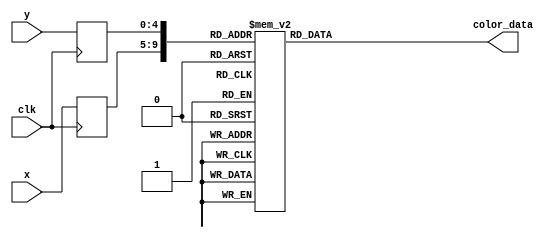
module mario_rom_standing(
        input wire clk,
        input wire [4:0] x,
        input wire [4:0] y,
        output reg [11:0] color_data
);

    (* rom_style = "block" *)

    //signal declaration
    reg [4:0] x_reg;
    reg [4:0] y_reg;

    always @(posedge clk) begin
        x_reg <= x;
        y_reg <= y;
    end

    always @*
        case ({x_reg, y_reg})
			// right: 5'd27, bottom: 5'd31
			{5'd0, 5'd0}: color_data = 12'h3b9;
			{5'd0, 5'd1}: color_data = 12'h3b9;
			{5'd0, 5'd2}: color_data = 12'h3b9;
			{5'd0, 5'd3}: color_data = 12'h3b9;
			{5'd0, 5'd4}: color_data = 12'h3b9;
			{5'd0, 5'd5}: color_data = 12'h3b9;
			{5'd0, 5'd6}: color_data = 12'h3b9;
			{5'd0, 5'd7}: color_data = 12'h3b9;
			{5'd0, 5'd8}: color_data = 12'h3b9;
			{5'd0, 5'd9}: color_data = 12'h3b9;
			{5'd0, 5'd10}: color_data = 12'h3b9;
			{5'd0, 5'd11}: color_data = 12'h3b9;
			{5'd0, 5'd12}: color_data = 12'h3b9;
			{5'd0, 5'd13}: color_data = 12'h3b9;
			{5'd0, 5'd14}: color_data = 12'h3b9;
			{5'd0, 5'd15}: color_data = 12'h3b9;
			{5'd0, 5'd16}: color_data = 12'h3b9;
			{5'd0, 5'd17}: color_data = 12'ha22;
			{5'd0, 5'd18}: color_data = 12'h912;
			{5'd0, 5'd19}: color_data = 12'ha32;
			{5'd0, 5'd20}: color_data = 12'hf90;
			{5'd0, 5'd21}: color_data = 12'hfa0;
			{5'd0, 5'd22}: color_data = 12'hfa0;
			{5'd0, 5'd23}: color_data = 12'hfa0;
			{5'd0, 5'd24}: color_data = 12'hfa0;
			{5'd0, 5'd25}: color_data = 12'hfa0;
			{5'd0, 5'd26}: color_data = 12'hf70;
			{5'd0, 5'd27}: color_data = 12'h3b9;
			{5'd0, 5'd28}: color_data = 12'h3b9;
			{5'd0, 5'd29}: color_data = 12'hb22;
			{5'd0, 5'd30}: color_data = 12'ha22;
			{5'd0, 5'd31}: color_data = 12'ha22;
			{5'd1, 5'd0}: color_data = 12'h3b9;
			{5'd1, 5'd1}: color_data = 12'h3b9;
			{5'd1, 5'd2}: color_data = 12'h3b9;
			{5'd1, 5'd3}: color_data = 12'h3b9;
			{5'd1, 5'd4}: color_data = 12'h3b9;
			{5'd1, 5'd5}: color_data = 12'h3b9;
			{5'd1, 5'd6}: color_data = 12'h3b9;
			{5'd1, 5'd7}: color_data = 12'h3b9;
			{5'd1, 5'd8}: color_data = 12'h3b9;
			{5'd1, 5'd9}: color_data = 12'h3b9;
			{5'd1, 5'd10}: color_data = 12'h3b9;
			{5'd1, 5'd11}: color_data = 12'h3b9;
			{5'd1, 5'd12}: color_data = 12'h3b9;
			{5'd1, 5'd13}: color_data = 12'h3b9;
			{5'd1, 5'd14}: color_data = 12'h3b9;
			{5'd1, 5'd15}: color_data = 12'h3b9;
			{5'd1, 5'd16}: color_data = 12'h3b9;
			{5'd1, 5'd17}: color_data = 12'h922;
			{5'd1, 5'd18}: color_data = 12'ha22;
			{5'd1, 5'd19}: color_data = 12'hb32;
			{5'd1, 5'd20}: color_data = 12'hfa1;
			{5'd1, 5'd21}: color_data = 12'hfa1;
			{5'd1, 5'd22}: color_data = 12'hfa1;
			{5'd1, 5'd23}: color_data = 12'hfa1;
			{5'd1, 5'd24}: color_data = 12'hfa1;
			{5'd1, 5'd25}: color_data = 12'hfa0;
			{5'd1, 5'd26}: color_data = 12'hf90;
			{5'd1, 5'd27}: color_data = 12'h3b9;
			{5'd1, 5'd28}: color_data = 12'h3b9;
			{5'd1, 5'd29}: color_data = 12'ha32;
			{5'd1, 5'd30}: color_data = 12'ha22;
			{5'd1, 5'd31}: color_data = 12'ha22;
			{5'd2, 5'd0}: color_data = 12'h3b9;
			{5'd2, 5'd1}: color_data = 12'h3b9;
			{5'd2, 5'd2}: color_data = 12'h3b9;
			{5'd2, 5'd3}: color_data = 12'h3b9;
			{5'd2, 5'd4}: color_data = 12'h3b9;
			{5'd2, 5'd5}: color_data = 12'ha12;
			{5'd2, 5'd6}: color_data = 12'ha22;
			{5'd2, 5'd7}: color_data = 12'ha22;
			{5'd2, 5'd8}: color_data = 12'ha22;
			{5'd2, 5'd9}: color_data = 12'ha22;
			{5'd2, 5'd10}: color_data = 12'ha22;
			{5'd2, 5'd11}: color_data = 12'h922;
			{5'd2, 5'd12}: color_data = 12'h3b9;
			{5'd2, 5'd13}: color_data = 12'h3b9;
			{5'd2, 5'd14}: color_data = 12'h3b9;
			{5'd2, 5'd15}: color_data = 12'ha00;
			{5'd2, 5'd16}: color_data = 12'ha22;
			{5'd2, 5'd17}: color_data = 12'ha22;
			{5'd2, 5'd18}: color_data = 12'ha22;
			{5'd2, 5'd19}: color_data = 12'hb32;
			{5'd2, 5'd20}: color_data = 12'hf91;
			{5'd2, 5'd21}: color_data = 12'hfa1;
			{5'd2, 5'd22}: color_data = 12'hfa1;
			{5'd2, 5'd23}: color_data = 12'hfa1;
			{5'd2, 5'd24}: color_data = 12'hfa1;
			{5'd2, 5'd25}: color_data = 12'hfa0;
			{5'd2, 5'd26}: color_data = 12'hfb0;
			{5'd2, 5'd27}: color_data = 12'h702;
			{5'd2, 5'd28}: color_data = 12'ha22;
			{5'd2, 5'd29}: color_data = 12'ha22;
			{5'd2, 5'd30}: color_data = 12'ha22;
			{5'd2, 5'd31}: color_data = 12'ha22;
			{5'd3, 5'd0}: color_data = 12'h3b9;
			{5'd3, 5'd1}: color_data = 12'h3b9;
			{5'd3, 5'd2}: color_data = 12'h3b9;
			{5'd3, 5'd3}: color_data = 12'h3b9;
			{5'd3, 5'd4}: color_data = 12'h3b9;
			{5'd3, 5'd5}: color_data = 12'h922;
			{5'd3, 5'd6}: color_data = 12'ha12;
			{5'd3, 5'd7}: color_data = 12'ha22;
			{5'd3, 5'd8}: color_data = 12'ha22;
			{5'd3, 5'd9}: color_data = 12'ha22;
			{5'd3, 5'd10}: color_data = 12'ha22;
			{5'd3, 5'd11}: color_data = 12'ha22;
			{5'd3, 5'd12}: color_data = 12'h3b9;
			{5'd3, 5'd13}: color_data = 12'h3b9;
			{5'd3, 5'd14}: color_data = 12'h3b9;
			{5'd3, 5'd15}: color_data = 12'h722;
			{5'd3, 5'd16}: color_data = 12'ha22;
			{5'd3, 5'd17}: color_data = 12'ha22;
			{5'd3, 5'd18}: color_data = 12'ha22;
			{5'd3, 5'd19}: color_data = 12'ha32;
			{5'd3, 5'd20}: color_data = 12'hfa1;
			{5'd3, 5'd21}: color_data = 12'hfa0;
			{5'd3, 5'd22}: color_data = 12'hfa1;
			{5'd3, 5'd23}: color_data = 12'hfa1;
			{5'd3, 5'd24}: color_data = 12'hfa1;
			{5'd3, 5'd25}: color_data = 12'hfa1;
			{5'd3, 5'd26}: color_data = 12'hff0;
			{5'd3, 5'd27}: color_data = 12'h812;
			{5'd3, 5'd28}: color_data = 12'ha22;
			{5'd3, 5'd29}: color_data = 12'ha22;
			{5'd3, 5'd30}: color_data = 12'ha22;
			{5'd3, 5'd31}: color_data = 12'ha22;
			{5'd4, 5'd0}: color_data = 12'h3b9;
			{5'd4, 5'd1}: color_data = 12'hd00;
			{5'd4, 5'd2}: color_data = 12'hf00;
			{5'd4, 5'd3}: color_data = 12'he00;
			{5'd4, 5'd4}: color_data = 12'h912;
			{5'd4, 5'd5}: color_data = 12'hb31;
			{5'd4, 5'd6}: color_data = 12'hc51;
			{5'd4, 5'd7}: color_data = 12'hc52;
			{5'd4, 5'd8}: color_data = 12'hc52;
			{5'd4, 5'd9}: color_data = 12'hb42;
			{5'd4, 5'd10}: color_data = 12'ha22;
			{5'd4, 5'd11}: color_data = 12'ha22;
			{5'd4, 5'd12}: color_data = 12'h3b9;
			{5'd4, 5'd13}: color_data = 12'h000;
			{5'd4, 5'd14}: color_data = 12'h922;
			{5'd4, 5'd15}: color_data = 12'ha22;
			{5'd4, 5'd16}: color_data = 12'ha22;
			{5'd4, 5'd17}: color_data = 12'ha22;
			{5'd4, 5'd18}: color_data = 12'ha22;
			{5'd4, 5'd19}: color_data = 12'ha32;
			{5'd4, 5'd20}: color_data = 12'hd71;
			{5'd4, 5'd21}: color_data = 12'he71;
			{5'd4, 5'd22}: color_data = 12'hfa1;
			{5'd4, 5'd23}: color_data = 12'hf90;
			{5'd4, 5'd24}: color_data = 12'hf70;
			{5'd4, 5'd25}: color_data = 12'hf60;
			{5'd4, 5'd26}: color_data = 12'hf00;
			{5'd4, 5'd27}: color_data = 12'he00;
			{5'd4, 5'd28}: color_data = 12'ha22;
			{5'd4, 5'd29}: color_data = 12'ha22;
			{5'd4, 5'd30}: color_data = 12'ha22;
			{5'd4, 5'd31}: color_data = 12'ha22;
			{5'd5, 5'd0}: color_data = 12'h3b9;
			{5'd5, 5'd1}: color_data = 12'hf00;
			{5'd5, 5'd2}: color_data = 12'hf00;
			{5'd5, 5'd3}: color_data = 12'he00;
			{5'd5, 5'd4}: color_data = 12'ha22;
			{5'd5, 5'd5}: color_data = 12'hb32;
			{5'd5, 5'd6}: color_data = 12'hfa1;
			{5'd5, 5'd7}: color_data = 12'hfa0;
			{5'd5, 5'd8}: color_data = 12'hfa0;
			{5'd5, 5'd9}: color_data = 12'he91;
			{5'd5, 5'd10}: color_data = 12'ha22;
			{5'd5, 5'd11}: color_data = 12'ha22;
			{5'd5, 5'd12}: color_data = 12'h3b9;
			{5'd5, 5'd13}: color_data = 12'hb03;
			{5'd5, 5'd14}: color_data = 12'ha22;
			{5'd5, 5'd15}: color_data = 12'ha22;
			{5'd5, 5'd16}: color_data = 12'ha22;
			{5'd5, 5'd17}: color_data = 12'ha22;
			{5'd5, 5'd18}: color_data = 12'ha22;
			{5'd5, 5'd19}: color_data = 12'ha22;
			{5'd5, 5'd20}: color_data = 12'h922;
			{5'd5, 5'd21}: color_data = 12'ha32;
			{5'd5, 5'd22}: color_data = 12'hfa1;
			{5'd5, 5'd23}: color_data = 12'hf90;
			{5'd5, 5'd24}: color_data = 12'hf00;
			{5'd5, 5'd25}: color_data = 12'hf00;
			{5'd5, 5'd26}: color_data = 12'hf00;
			{5'd5, 5'd27}: color_data = 12'hf00;
			{5'd5, 5'd28}: color_data = 12'ha22;
			{5'd5, 5'd29}: color_data = 12'ha22;
			{5'd5, 5'd30}: color_data = 12'ha22;
			{5'd5, 5'd31}: color_data = 12'ha22;
			{5'd6, 5'd0}: color_data = 12'hf00;
			{5'd6, 5'd1}: color_data = 12'hf00;
			{5'd6, 5'd2}: color_data = 12'hf00;
			{5'd6, 5'd3}: color_data = 12'he00;
			{5'd6, 5'd4}: color_data = 12'ha22;
			{5'd6, 5'd5}: color_data = 12'hb32;
			{5'd6, 5'd6}: color_data = 12'hf91;
			{5'd6, 5'd7}: color_data = 12'hf91;
			{5'd6, 5'd8}: color_data = 12'hf91;
			{5'd6, 5'd9}: color_data = 12'he81;
			{5'd6, 5'd10}: color_data = 12'hb32;
			{5'd6, 5'd11}: color_data = 12'hb32;
			{5'd6, 5'd12}: color_data = 12'hfc0;
			{5'd6, 5'd13}: color_data = 12'he71;
			{5'd6, 5'd14}: color_data = 12'ha22;
			{5'd6, 5'd15}: color_data = 12'ha22;
			{5'd6, 5'd16}: color_data = 12'ha22;
			{5'd6, 5'd17}: color_data = 12'ha22;
			{5'd6, 5'd18}: color_data = 12'ha22;
			{5'd6, 5'd19}: color_data = 12'ha22;
			{5'd6, 5'd20}: color_data = 12'ha22;
			{5'd6, 5'd21}: color_data = 12'hb32;
			{5'd6, 5'd22}: color_data = 12'hf91;
			{5'd6, 5'd23}: color_data = 12'hf80;
			{5'd6, 5'd24}: color_data = 12'hf00;
			{5'd6, 5'd25}: color_data = 12'hf00;
			{5'd6, 5'd26}: color_data = 12'hf00;
			{5'd6, 5'd27}: color_data = 12'hf00;
			{5'd6, 5'd28}: color_data = 12'ha22;
			{5'd6, 5'd29}: color_data = 12'ha22;
			{5'd6, 5'd30}: color_data = 12'ha22;
			{5'd6, 5'd31}: color_data = 12'ha22;
			{5'd7, 5'd0}: color_data = 12'hf00;
			{5'd7, 5'd1}: color_data = 12'hf00;
			{5'd7, 5'd2}: color_data = 12'hf00;
			{5'd7, 5'd3}: color_data = 12'he00;
			{5'd7, 5'd4}: color_data = 12'ha22;
			{5'd7, 5'd5}: color_data = 12'ha22;
			{5'd7, 5'd6}: color_data = 12'ha32;
			{5'd7, 5'd7}: color_data = 12'ha32;
			{5'd7, 5'd8}: color_data = 12'ha22;
			{5'd7, 5'd9}: color_data = 12'hb42;
			{5'd7, 5'd10}: color_data = 12'hf91;
			{5'd7, 5'd11}: color_data = 12'hfa1;
			{5'd7, 5'd12}: color_data = 12'hfa0;
			{5'd7, 5'd13}: color_data = 12'he91;
			{5'd7, 5'd14}: color_data = 12'ha22;
			{5'd7, 5'd15}: color_data = 12'ha22;
			{5'd7, 5'd16}: color_data = 12'ha22;
			{5'd7, 5'd17}: color_data = 12'ha22;
			{5'd7, 5'd18}: color_data = 12'ha22;
			{5'd7, 5'd19}: color_data = 12'ha22;
			{5'd7, 5'd20}: color_data = 12'hf00;
			{5'd7, 5'd21}: color_data = 12'hf00;
			{5'd7, 5'd22}: color_data = 12'hf00;
			{5'd7, 5'd23}: color_data = 12'hf00;
			{5'd7, 5'd24}: color_data = 12'hf00;
			{5'd7, 5'd25}: color_data = 12'hf00;
			{5'd7, 5'd26}: color_data = 12'hf00;
			{5'd7, 5'd27}: color_data = 12'hf00;
			{5'd7, 5'd28}: color_data = 12'ha22;
			{5'd7, 5'd29}: color_data = 12'ha22;
			{5'd7, 5'd30}: color_data = 12'ha22;
			{5'd7, 5'd31}: color_data = 12'ha22;
			{5'd8, 5'd0}: color_data = 12'hf00;
			{5'd8, 5'd1}: color_data = 12'hf00;
			{5'd8, 5'd2}: color_data = 12'hf00;
			{5'd8, 5'd3}: color_data = 12'he00;
			{5'd8, 5'd4}: color_data = 12'ha22;
			{5'd8, 5'd5}: color_data = 12'ha22;
			{5'd8, 5'd6}: color_data = 12'ha22;
			{5'd8, 5'd7}: color_data = 12'ha22;
			{5'd8, 5'd8}: color_data = 12'ha22;
			{5'd8, 5'd9}: color_data = 12'hb32;
			{5'd8, 5'd10}: color_data = 12'hfa1;
			{5'd8, 5'd11}: color_data = 12'hfa1;
			{5'd8, 5'd12}: color_data = 12'hfa1;
			{5'd8, 5'd13}: color_data = 12'hf91;
			{5'd8, 5'd14}: color_data = 12'ha22;
			{5'd8, 5'd15}: color_data = 12'ha22;
			{5'd8, 5'd16}: color_data = 12'ha22;
			{5'd8, 5'd17}: color_data = 12'ha22;
			{5'd8, 5'd18}: color_data = 12'ha22;
			{5'd8, 5'd19}: color_data = 12'ha22;
			{5'd8, 5'd20}: color_data = 12'hf00;
			{5'd8, 5'd21}: color_data = 12'hf00;
			{5'd8, 5'd22}: color_data = 12'hf00;
			{5'd8, 5'd23}: color_data = 12'hf00;
			{5'd8, 5'd24}: color_data = 12'hf00;
			{5'd8, 5'd25}: color_data = 12'hf00;
			{5'd8, 5'd26}: color_data = 12'hf00;
			{5'd8, 5'd27}: color_data = 12'hf00;
			{5'd8, 5'd28}: color_data = 12'ha22;
			{5'd8, 5'd29}: color_data = 12'ha22;
			{5'd8, 5'd30}: color_data = 12'ha22;
			{5'd8, 5'd31}: color_data = 12'ha22;
			{5'd9, 5'd0}: color_data = 12'hf00;
			{5'd9, 5'd1}: color_data = 12'hf00;
			{5'd9, 5'd2}: color_data = 12'hf00;
			{5'd9, 5'd3}: color_data = 12'he00;
			{5'd9, 5'd4}: color_data = 12'ha22;
			{5'd9, 5'd5}: color_data = 12'ha32;
			{5'd9, 5'd6}: color_data = 12'he81;
			{5'd9, 5'd7}: color_data = 12'hd71;
			{5'd9, 5'd8}: color_data = 12'ha22;
			{5'd9, 5'd9}: color_data = 12'hb32;
			{5'd9, 5'd10}: color_data = 12'hfa1;
			{5'd9, 5'd11}: color_data = 12'hfa1;
			{5'd9, 5'd12}: color_data = 12'hfa1;
			{5'd9, 5'd13}: color_data = 12'hf80;
			{5'd9, 5'd14}: color_data = 12'he10;
			{5'd9, 5'd15}: color_data = 12'he00;
			{5'd9, 5'd16}: color_data = 12'he00;
			{5'd9, 5'd17}: color_data = 12'he00;
			{5'd9, 5'd18}: color_data = 12'he00;
			{5'd9, 5'd19}: color_data = 12'he10;
			{5'd9, 5'd20}: color_data = 12'hf70;
			{5'd9, 5'd21}: color_data = 12'hf60;
			{5'd9, 5'd22}: color_data = 12'hf00;
			{5'd9, 5'd23}: color_data = 12'hf00;
			{5'd9, 5'd24}: color_data = 12'hf00;
			{5'd9, 5'd25}: color_data = 12'hf00;
			{5'd9, 5'd26}: color_data = 12'hf00;
			{5'd9, 5'd27}: color_data = 12'hf00;
			{5'd9, 5'd28}: color_data = 12'hb11;
			{5'd9, 5'd29}: color_data = 12'h922;
			{5'd9, 5'd30}: color_data = 12'ha22;
			{5'd9, 5'd31}: color_data = 12'ha22;
			{5'd10, 5'd0}: color_data = 12'hf00;
			{5'd10, 5'd1}: color_data = 12'hf00;
			{5'd10, 5'd2}: color_data = 12'hf00;
			{5'd10, 5'd3}: color_data = 12'he00;
			{5'd10, 5'd4}: color_data = 12'h922;
			{5'd10, 5'd5}: color_data = 12'hb32;
			{5'd10, 5'd6}: color_data = 12'hfa0;
			{5'd10, 5'd7}: color_data = 12'he91;
			{5'd10, 5'd8}: color_data = 12'h922;
			{5'd10, 5'd9}: color_data = 12'ha32;
			{5'd10, 5'd10}: color_data = 12'hfa1;
			{5'd10, 5'd11}: color_data = 12'hfa1;
			{5'd10, 5'd12}: color_data = 12'hfa1;
			{5'd10, 5'd13}: color_data = 12'hf80;
			{5'd10, 5'd14}: color_data = 12'hf00;
			{5'd10, 5'd15}: color_data = 12'hf00;
			{5'd10, 5'd16}: color_data = 12'hf00;
			{5'd10, 5'd17}: color_data = 12'hf00;
			{5'd10, 5'd18}: color_data = 12'hf00;
			{5'd10, 5'd19}: color_data = 12'hf10;
			{5'd10, 5'd20}: color_data = 12'hfa1;
			{5'd10, 5'd21}: color_data = 12'hfa1;
			{5'd10, 5'd22}: color_data = 12'hf00;
			{5'd10, 5'd23}: color_data = 12'hf00;
			{5'd10, 5'd24}: color_data = 12'hf00;
			{5'd10, 5'd25}: color_data = 12'hf00;
			{5'd10, 5'd26}: color_data = 12'hf00;
			{5'd10, 5'd27}: color_data = 12'hf00;
			{5'd10, 5'd28}: color_data = 12'hf00;
			{5'd10, 5'd29}: color_data = 12'h3b9;
			{5'd10, 5'd30}: color_data = 12'h3b9;
			{5'd10, 5'd31}: color_data = 12'h3b9;
			{5'd11, 5'd0}: color_data = 12'hf00;
			{5'd11, 5'd1}: color_data = 12'hf00;
			{5'd11, 5'd2}: color_data = 12'hf00;
			{5'd11, 5'd3}: color_data = 12'hf10;
			{5'd11, 5'd4}: color_data = 12'hc51;
			{5'd11, 5'd5}: color_data = 12'hd61;
			{5'd11, 5'd6}: color_data = 12'hfa1;
			{5'd11, 5'd7}: color_data = 12'hf91;
			{5'd11, 5'd8}: color_data = 12'hc51;
			{5'd11, 5'd9}: color_data = 12'hd61;
			{5'd11, 5'd10}: color_data = 12'hfa1;
			{5'd11, 5'd11}: color_data = 12'hfa1;
			{5'd11, 5'd12}: color_data = 12'hfa1;
			{5'd11, 5'd13}: color_data = 12'hf91;
			{5'd11, 5'd14}: color_data = 12'hd11;
			{5'd11, 5'd15}: color_data = 12'hd11;
			{5'd11, 5'd16}: color_data = 12'hd11;
			{5'd11, 5'd17}: color_data = 12'hd11;
			{5'd11, 5'd18}: color_data = 12'hf00;
			{5'd11, 5'd19}: color_data = 12'hf00;
			{5'd11, 5'd20}: color_data = 12'hf50;
			{5'd11, 5'd21}: color_data = 12'hf50;
			{5'd11, 5'd22}: color_data = 12'hf00;
			{5'd11, 5'd23}: color_data = 12'hf00;
			{5'd11, 5'd24}: color_data = 12'hf00;
			{5'd11, 5'd25}: color_data = 12'hf00;
			{5'd11, 5'd26}: color_data = 12'hf00;
			{5'd11, 5'd27}: color_data = 12'hf00;
			{5'd11, 5'd28}: color_data = 12'hf00;
			{5'd11, 5'd29}: color_data = 12'h3b9;
			{5'd11, 5'd30}: color_data = 12'h3b9;
			{5'd11, 5'd31}: color_data = 12'h3b9;
			{5'd12, 5'd0}: color_data = 12'hf00;
			{5'd12, 5'd1}: color_data = 12'hf00;
			{5'd12, 5'd2}: color_data = 12'hf00;
			{5'd12, 5'd3}: color_data = 12'hf20;
			{5'd12, 5'd4}: color_data = 12'hfa0;
			{5'd12, 5'd5}: color_data = 12'hfa1;
			{5'd12, 5'd6}: color_data = 12'hfa1;
			{5'd12, 5'd7}: color_data = 12'hfa1;
			{5'd12, 5'd8}: color_data = 12'hfa0;
			{5'd12, 5'd9}: color_data = 12'hfa1;
			{5'd12, 5'd10}: color_data = 12'hfa1;
			{5'd12, 5'd11}: color_data = 12'hfa1;
			{5'd12, 5'd12}: color_data = 12'hfa1;
			{5'd12, 5'd13}: color_data = 12'he91;
			{5'd12, 5'd14}: color_data = 12'ha22;
			{5'd12, 5'd15}: color_data = 12'h922;
			{5'd12, 5'd16}: color_data = 12'h922;
			{5'd12, 5'd17}: color_data = 12'ha22;
			{5'd12, 5'd18}: color_data = 12'hf00;
			{5'd12, 5'd19}: color_data = 12'hf00;
			{5'd12, 5'd20}: color_data = 12'hf00;
			{5'd12, 5'd21}: color_data = 12'hf00;
			{5'd12, 5'd22}: color_data = 12'hf00;
			{5'd12, 5'd23}: color_data = 12'hf00;
			{5'd12, 5'd24}: color_data = 12'hf00;
			{5'd12, 5'd25}: color_data = 12'hf00;
			{5'd12, 5'd26}: color_data = 12'hf00;
			{5'd12, 5'd27}: color_data = 12'h3b9;
			{5'd12, 5'd28}: color_data = 12'h3b9;
			{5'd12, 5'd29}: color_data = 12'h3b9;
			{5'd12, 5'd30}: color_data = 12'h3b9;
			{5'd12, 5'd31}: color_data = 12'h3b9;
			{5'd13, 5'd0}: color_data = 12'hf00;
			{5'd13, 5'd1}: color_data = 12'hf00;
			{5'd13, 5'd2}: color_data = 12'hf00;
			{5'd13, 5'd3}: color_data = 12'hf20;
			{5'd13, 5'd4}: color_data = 12'hfa1;
			{5'd13, 5'd5}: color_data = 12'hfa1;
			{5'd13, 5'd6}: color_data = 12'hfa1;
			{5'd13, 5'd7}: color_data = 12'hfa1;
			{5'd13, 5'd8}: color_data = 12'hfa1;
			{5'd13, 5'd9}: color_data = 12'hfa1;
			{5'd13, 5'd10}: color_data = 12'hfa1;
			{5'd13, 5'd11}: color_data = 12'hfa1;
			{5'd13, 5'd12}: color_data = 12'hfa1;
			{5'd13, 5'd13}: color_data = 12'hf91;
			{5'd13, 5'd14}: color_data = 12'ha22;
			{5'd13, 5'd15}: color_data = 12'ha22;
			{5'd13, 5'd16}: color_data = 12'ha22;
			{5'd13, 5'd17}: color_data = 12'ha22;
			{5'd13, 5'd18}: color_data = 12'hf00;
			{5'd13, 5'd19}: color_data = 12'hf00;
			{5'd13, 5'd20}: color_data = 12'hf00;
			{5'd13, 5'd21}: color_data = 12'hf00;
			{5'd13, 5'd22}: color_data = 12'hf00;
			{5'd13, 5'd23}: color_data = 12'hf00;
			{5'd13, 5'd24}: color_data = 12'hf00;
			{5'd13, 5'd25}: color_data = 12'hf00;
			{5'd13, 5'd26}: color_data = 12'hf00;
			{5'd13, 5'd27}: color_data = 12'h3b9;
			{5'd13, 5'd28}: color_data = 12'h3b9;
			{5'd13, 5'd29}: color_data = 12'h3b9;
			{5'd13, 5'd30}: color_data = 12'h3b9;
			{5'd13, 5'd31}: color_data = 12'h3b9;
			{5'd14, 5'd0}: color_data = 12'hf00;
			{5'd14, 5'd1}: color_data = 12'hf00;
			{5'd14, 5'd2}: color_data = 12'hf00;
			{5'd14, 5'd3}: color_data = 12'hf20;
			{5'd14, 5'd4}: color_data = 12'hfa1;
			{5'd14, 5'd5}: color_data = 12'hfa1;
			{5'd14, 5'd6}: color_data = 12'hfa1;
			{5'd14, 5'd7}: color_data = 12'hfa1;
			{5'd14, 5'd8}: color_data = 12'hfa1;
			{5'd14, 5'd9}: color_data = 12'hfa1;
			{5'd14, 5'd10}: color_data = 12'hfa1;
			{5'd14, 5'd11}: color_data = 12'hfa1;
			{5'd14, 5'd12}: color_data = 12'hfa1;
			{5'd14, 5'd13}: color_data = 12'hf91;
			{5'd14, 5'd14}: color_data = 12'ha22;
			{5'd14, 5'd15}: color_data = 12'ha22;
			{5'd14, 5'd16}: color_data = 12'ha22;
			{5'd14, 5'd17}: color_data = 12'ha22;
			{5'd14, 5'd18}: color_data = 12'hf00;
			{5'd14, 5'd19}: color_data = 12'hf00;
			{5'd14, 5'd20}: color_data = 12'hf00;
			{5'd14, 5'd21}: color_data = 12'hf00;
			{5'd14, 5'd22}: color_data = 12'hf00;
			{5'd14, 5'd23}: color_data = 12'hf00;
			{5'd14, 5'd24}: color_data = 12'hf00;
			{5'd14, 5'd25}: color_data = 12'hf00;
			{5'd14, 5'd26}: color_data = 12'hf00;
			{5'd14, 5'd27}: color_data = 12'h3b9;
			{5'd14, 5'd28}: color_data = 12'h3b9;
			{5'd14, 5'd29}: color_data = 12'h3b9;
			{5'd14, 5'd30}: color_data = 12'h3b9;
			{5'd14, 5'd31}: color_data = 12'h3b9;
			{5'd15, 5'd0}: color_data = 12'hf00;
			{5'd15, 5'd1}: color_data = 12'hf00;
			{5'd15, 5'd2}: color_data = 12'hf00;
			{5'd15, 5'd3}: color_data = 12'hf20;
			{5'd15, 5'd4}: color_data = 12'hfa1;
			{5'd15, 5'd5}: color_data = 12'hfa1;
			{5'd15, 5'd6}: color_data = 12'hfa1;
			{5'd15, 5'd7}: color_data = 12'hfa1;
			{5'd15, 5'd8}: color_data = 12'hfa1;
			{5'd15, 5'd9}: color_data = 12'hfa1;
			{5'd15, 5'd10}: color_data = 12'hfa1;
			{5'd15, 5'd11}: color_data = 12'hfa1;
			{5'd15, 5'd12}: color_data = 12'hfa1;
			{5'd15, 5'd13}: color_data = 12'hf91;
			{5'd15, 5'd14}: color_data = 12'ha22;
			{5'd15, 5'd15}: color_data = 12'ha22;
			{5'd15, 5'd16}: color_data = 12'ha22;
			{5'd15, 5'd17}: color_data = 12'ha22;
			{5'd15, 5'd18}: color_data = 12'hf00;
			{5'd15, 5'd19}: color_data = 12'hf00;
			{5'd15, 5'd20}: color_data = 12'hf00;
			{5'd15, 5'd21}: color_data = 12'hf00;
			{5'd15, 5'd22}: color_data = 12'hf00;
			{5'd15, 5'd23}: color_data = 12'hf00;
			{5'd15, 5'd24}: color_data = 12'hf00;
			{5'd15, 5'd25}: color_data = 12'hf00;
			{5'd15, 5'd26}: color_data = 12'hf00;
			{5'd15, 5'd27}: color_data = 12'h3b9;
			{5'd15, 5'd28}: color_data = 12'h3b9;
			{5'd15, 5'd29}: color_data = 12'h3b9;
			{5'd15, 5'd30}: color_data = 12'h3b9;
			{5'd15, 5'd31}: color_data = 12'h3b9;
			{5'd16, 5'd0}: color_data = 12'hf00;
			{5'd16, 5'd1}: color_data = 12'hf00;
			{5'd16, 5'd2}: color_data = 12'hf00;
			{5'd16, 5'd3}: color_data = 12'hf00;
			{5'd16, 5'd4}: color_data = 12'hb42;
			{5'd16, 5'd5}: color_data = 12'hb42;
			{5'd16, 5'd6}: color_data = 12'hb32;
			{5'd16, 5'd7}: color_data = 12'hc52;
			{5'd16, 5'd8}: color_data = 12'hfa1;
			{5'd16, 5'd9}: color_data = 12'hf91;
			{5'd16, 5'd10}: color_data = 12'hb42;
			{5'd16, 5'd11}: color_data = 12'hb42;
			{5'd16, 5'd12}: color_data = 12'hfa1;
			{5'd16, 5'd13}: color_data = 12'hf91;
			{5'd16, 5'd14}: color_data = 12'ha22;
			{5'd16, 5'd15}: color_data = 12'ha22;
			{5'd16, 5'd16}: color_data = 12'he00;
			{5'd16, 5'd17}: color_data = 12'he00;
			{5'd16, 5'd18}: color_data = 12'hf00;
			{5'd16, 5'd19}: color_data = 12'hf10;
			{5'd16, 5'd20}: color_data = 12'hf80;
			{5'd16, 5'd21}: color_data = 12'hf70;
			{5'd16, 5'd22}: color_data = 12'hf00;
			{5'd16, 5'd23}: color_data = 12'hf00;
			{5'd16, 5'd24}: color_data = 12'hf00;
			{5'd16, 5'd25}: color_data = 12'hf00;
			{5'd16, 5'd26}: color_data = 12'hf00;
			{5'd16, 5'd27}: color_data = 12'hf00;
			{5'd16, 5'd28}: color_data = 12'hf00;
			{5'd16, 5'd29}: color_data = 12'h3b9;
			{5'd16, 5'd30}: color_data = 12'h3b9;
			{5'd16, 5'd31}: color_data = 12'h3b9;
			{5'd17, 5'd0}: color_data = 12'hf00;
			{5'd17, 5'd1}: color_data = 12'hf00;
			{5'd17, 5'd2}: color_data = 12'hf00;
			{5'd17, 5'd3}: color_data = 12'he00;
			{5'd17, 5'd4}: color_data = 12'h922;
			{5'd17, 5'd5}: color_data = 12'h922;
			{5'd17, 5'd6}: color_data = 12'h912;
			{5'd17, 5'd7}: color_data = 12'ha32;
			{5'd17, 5'd8}: color_data = 12'hfa0;
			{5'd17, 5'd9}: color_data = 12'he91;
			{5'd17, 5'd10}: color_data = 12'ha22;
			{5'd17, 5'd11}: color_data = 12'ha32;
			{5'd17, 5'd12}: color_data = 12'hfa1;
			{5'd17, 5'd13}: color_data = 12'hf91;
			{5'd17, 5'd14}: color_data = 12'ha22;
			{5'd17, 5'd15}: color_data = 12'hb22;
			{5'd17, 5'd16}: color_data = 12'hf00;
			{5'd17, 5'd17}: color_data = 12'hf00;
			{5'd17, 5'd18}: color_data = 12'hf00;
			{5'd17, 5'd19}: color_data = 12'hf10;
			{5'd17, 5'd20}: color_data = 12'hfa1;
			{5'd17, 5'd21}: color_data = 12'hfa0;
			{5'd17, 5'd22}: color_data = 12'hf00;
			{5'd17, 5'd23}: color_data = 12'hf00;
			{5'd17, 5'd24}: color_data = 12'hf00;
			{5'd17, 5'd25}: color_data = 12'hf00;
			{5'd17, 5'd26}: color_data = 12'hf00;
			{5'd17, 5'd27}: color_data = 12'hf00;
			{5'd17, 5'd28}: color_data = 12'ha00;
			{5'd17, 5'd29}: color_data = 12'h3b9;
			{5'd17, 5'd30}: color_data = 12'h3b9;
			{5'd17, 5'd31}: color_data = 12'h3b9;
			{5'd18, 5'd0}: color_data = 12'hf00;
			{5'd18, 5'd1}: color_data = 12'hf00;
			{5'd18, 5'd2}: color_data = 12'hf00;
			{5'd18, 5'd3}: color_data = 12'hf10;
			{5'd18, 5'd4}: color_data = 12'hd61;
			{5'd18, 5'd5}: color_data = 12'hd61;
			{5'd18, 5'd6}: color_data = 12'hd61;
			{5'd18, 5'd7}: color_data = 12'hd61;
			{5'd18, 5'd8}: color_data = 12'hc61;
			{5'd18, 5'd9}: color_data = 12'hc51;
			{5'd18, 5'd10}: color_data = 12'ha22;
			{5'd18, 5'd11}: color_data = 12'hb32;
			{5'd18, 5'd12}: color_data = 12'hfa1;
			{5'd18, 5'd13}: color_data = 12'hf91;
			{5'd18, 5'd14}: color_data = 12'ha32;
			{5'd18, 5'd15}: color_data = 12'ha12;
			{5'd18, 5'd16}: color_data = 12'hc11;
			{5'd18, 5'd17}: color_data = 12'hd11;
			{5'd18, 5'd18}: color_data = 12'hc11;
			{5'd18, 5'd19}: color_data = 12'hd11;
			{5'd18, 5'd20}: color_data = 12'hf50;
			{5'd18, 5'd21}: color_data = 12'hf40;
			{5'd18, 5'd22}: color_data = 12'hf00;
			{5'd18, 5'd23}: color_data = 12'hf00;
			{5'd18, 5'd24}: color_data = 12'hf00;
			{5'd18, 5'd25}: color_data = 12'hf00;
			{5'd18, 5'd26}: color_data = 12'hf00;
			{5'd18, 5'd27}: color_data = 12'hf00;
			{5'd18, 5'd28}: color_data = 12'ha11;
			{5'd18, 5'd29}: color_data = 12'h922;
			{5'd18, 5'd30}: color_data = 12'h922;
			{5'd18, 5'd31}: color_data = 12'h911;
			{5'd19, 5'd0}: color_data = 12'h3b9;
			{5'd19, 5'd1}: color_data = 12'hf00;
			{5'd19, 5'd2}: color_data = 12'hf00;
			{5'd19, 5'd3}: color_data = 12'hf20;
			{5'd19, 5'd4}: color_data = 12'hfa1;
			{5'd19, 5'd5}: color_data = 12'hfa1;
			{5'd19, 5'd6}: color_data = 12'hfa0;
			{5'd19, 5'd7}: color_data = 12'he91;
			{5'd19, 5'd8}: color_data = 12'h912;
			{5'd19, 5'd9}: color_data = 12'h922;
			{5'd19, 5'd10}: color_data = 12'ha22;
			{5'd19, 5'd11}: color_data = 12'hb32;
			{5'd19, 5'd12}: color_data = 12'hfa1;
			{5'd19, 5'd13}: color_data = 12'hfa0;
			{5'd19, 5'd14}: color_data = 12'h3b9;
			{5'd19, 5'd15}: color_data = 12'h933;
			{5'd19, 5'd16}: color_data = 12'h922;
			{5'd19, 5'd17}: color_data = 12'ha22;
			{5'd19, 5'd18}: color_data = 12'h922;
			{5'd19, 5'd19}: color_data = 12'ha22;
			{5'd19, 5'd20}: color_data = 12'hf00;
			{5'd19, 5'd21}: color_data = 12'hf00;
			{5'd19, 5'd22}: color_data = 12'hf00;
			{5'd19, 5'd23}: color_data = 12'hf00;
			{5'd19, 5'd24}: color_data = 12'hf00;
			{5'd19, 5'd25}: color_data = 12'hf00;
			{5'd19, 5'd26}: color_data = 12'hf00;
			{5'd19, 5'd27}: color_data = 12'hf00;
			{5'd19, 5'd28}: color_data = 12'ha22;
			{5'd19, 5'd29}: color_data = 12'ha22;
			{5'd19, 5'd30}: color_data = 12'ha22;
			{5'd19, 5'd31}: color_data = 12'ha22;
			{5'd20, 5'd0}: color_data = 12'h3b9;
			{5'd20, 5'd1}: color_data = 12'hf00;
			{5'd20, 5'd2}: color_data = 12'hf00;
			{5'd20, 5'd3}: color_data = 12'hf10;
			{5'd20, 5'd4}: color_data = 12'hfa0;
			{5'd20, 5'd5}: color_data = 12'hfa0;
			{5'd20, 5'd6}: color_data = 12'hfa0;
			{5'd20, 5'd7}: color_data = 12'hf91;
			{5'd20, 5'd8}: color_data = 12'hb42;
			{5'd20, 5'd9}: color_data = 12'hb42;
			{5'd20, 5'd10}: color_data = 12'ha22;
			{5'd20, 5'd11}: color_data = 12'hb32;
			{5'd20, 5'd12}: color_data = 12'hfa1;
			{5'd20, 5'd13}: color_data = 12'hfa0;
			{5'd20, 5'd14}: color_data = 12'h3b9;
			{5'd20, 5'd15}: color_data = 12'ha22;
			{5'd20, 5'd16}: color_data = 12'ha22;
			{5'd20, 5'd17}: color_data = 12'ha22;
			{5'd20, 5'd18}: color_data = 12'ha22;
			{5'd20, 5'd19}: color_data = 12'ha22;
			{5'd20, 5'd20}: color_data = 12'he00;
			{5'd20, 5'd21}: color_data = 12'he10;
			{5'd20, 5'd22}: color_data = 12'hf20;
			{5'd20, 5'd23}: color_data = 12'hf20;
			{5'd20, 5'd24}: color_data = 12'hf00;
			{5'd20, 5'd25}: color_data = 12'hf00;
			{5'd20, 5'd26}: color_data = 12'hf00;
			{5'd20, 5'd27}: color_data = 12'hf00;
			{5'd20, 5'd28}: color_data = 12'ha22;
			{5'd20, 5'd29}: color_data = 12'ha22;
			{5'd20, 5'd30}: color_data = 12'ha22;
			{5'd20, 5'd31}: color_data = 12'ha22;
			{5'd21, 5'd0}: color_data = 12'h3b9;
			{5'd21, 5'd1}: color_data = 12'hf00;
			{5'd21, 5'd2}: color_data = 12'hf00;
			{5'd21, 5'd3}: color_data = 12'hf00;
			{5'd21, 5'd4}: color_data = 12'h3b9;
			{5'd21, 5'd5}: color_data = 12'hfa1;
			{5'd21, 5'd6}: color_data = 12'hfa0;
			{5'd21, 5'd7}: color_data = 12'hfa1;
			{5'd21, 5'd8}: color_data = 12'hfa1;
			{5'd21, 5'd9}: color_data = 12'he91;
			{5'd21, 5'd10}: color_data = 12'ha22;
			{5'd21, 5'd11}: color_data = 12'hb32;
			{5'd21, 5'd12}: color_data = 12'hfa1;
			{5'd21, 5'd13}: color_data = 12'hfa0;
			{5'd21, 5'd14}: color_data = 12'h3b9;
			{5'd21, 5'd15}: color_data = 12'ha22;
			{5'd21, 5'd16}: color_data = 12'ha22;
			{5'd21, 5'd17}: color_data = 12'ha22;
			{5'd21, 5'd18}: color_data = 12'ha22;
			{5'd21, 5'd19}: color_data = 12'ha22;
			{5'd21, 5'd20}: color_data = 12'ha22;
			{5'd21, 5'd21}: color_data = 12'ha32;
			{5'd21, 5'd22}: color_data = 12'hfa1;
			{5'd21, 5'd23}: color_data = 12'hf90;
			{5'd21, 5'd24}: color_data = 12'hf00;
			{5'd21, 5'd25}: color_data = 12'hf00;
			{5'd21, 5'd26}: color_data = 12'hf00;
			{5'd21, 5'd27}: color_data = 12'hf00;
			{5'd21, 5'd28}: color_data = 12'ha22;
			{5'd21, 5'd29}: color_data = 12'ha22;
			{5'd21, 5'd30}: color_data = 12'ha22;
			{5'd21, 5'd31}: color_data = 12'ha22;
			{5'd22, 5'd0}: color_data = 12'h3b9;
			{5'd22, 5'd1}: color_data = 12'hf00;
			{5'd22, 5'd2}: color_data = 12'hf00;
			{5'd22, 5'd3}: color_data = 12'hf00;
			{5'd22, 5'd4}: color_data = 12'h3b9;
			{5'd22, 5'd5}: color_data = 12'hfa1;
			{5'd22, 5'd6}: color_data = 12'hfa0;
			{5'd22, 5'd7}: color_data = 12'hfa1;
			{5'd22, 5'd8}: color_data = 12'hfa1;
			{5'd22, 5'd9}: color_data = 12'he91;
			{5'd22, 5'd10}: color_data = 12'ha22;
			{5'd22, 5'd11}: color_data = 12'hb32;
			{5'd22, 5'd12}: color_data = 12'hfa1;
			{5'd22, 5'd13}: color_data = 12'hfa0;
			{5'd22, 5'd14}: color_data = 12'h3b9;
			{5'd22, 5'd15}: color_data = 12'ha22;
			{5'd22, 5'd16}: color_data = 12'ha22;
			{5'd22, 5'd17}: color_data = 12'ha22;
			{5'd22, 5'd18}: color_data = 12'ha22;
			{5'd22, 5'd19}: color_data = 12'ha22;
			{5'd22, 5'd20}: color_data = 12'h922;
			{5'd22, 5'd21}: color_data = 12'ha32;
			{5'd22, 5'd22}: color_data = 12'hfa1;
			{5'd22, 5'd23}: color_data = 12'hf90;
			{5'd22, 5'd24}: color_data = 12'hf00;
			{5'd22, 5'd25}: color_data = 12'hf00;
			{5'd22, 5'd26}: color_data = 12'hf00;
			{5'd22, 5'd27}: color_data = 12'hf00;
			{5'd22, 5'd28}: color_data = 12'ha22;
			{5'd22, 5'd29}: color_data = 12'ha22;
			{5'd22, 5'd30}: color_data = 12'ha22;
			{5'd22, 5'd31}: color_data = 12'ha22;
			{5'd23, 5'd0}: color_data = 12'h3b9;
			{5'd23, 5'd1}: color_data = 12'hf00;
			{5'd23, 5'd2}: color_data = 12'hf00;
			{5'd23, 5'd3}: color_data = 12'hf00;
			{5'd23, 5'd4}: color_data = 12'h3b9;
			{5'd23, 5'd5}: color_data = 12'hfa1;
			{5'd23, 5'd6}: color_data = 12'hfa0;
			{5'd23, 5'd7}: color_data = 12'hfa1;
			{5'd23, 5'd8}: color_data = 12'hfa1;
			{5'd23, 5'd9}: color_data = 12'he91;
			{5'd23, 5'd10}: color_data = 12'ha22;
			{5'd23, 5'd11}: color_data = 12'ha32;
			{5'd23, 5'd12}: color_data = 12'hfa0;
			{5'd23, 5'd13}: color_data = 12'hfa1;
			{5'd23, 5'd14}: color_data = 12'h3b9;
			{5'd23, 5'd15}: color_data = 12'ha22;
			{5'd23, 5'd16}: color_data = 12'ha22;
			{5'd23, 5'd17}: color_data = 12'ha22;
			{5'd23, 5'd18}: color_data = 12'ha22;
			{5'd23, 5'd19}: color_data = 12'ha22;
			{5'd23, 5'd20}: color_data = 12'hc52;
			{5'd23, 5'd21}: color_data = 12'hc51;
			{5'd23, 5'd22}: color_data = 12'hfa1;
			{5'd23, 5'd23}: color_data = 12'hf90;
			{5'd23, 5'd24}: color_data = 12'hf40;
			{5'd23, 5'd25}: color_data = 12'hf30;
			{5'd23, 5'd26}: color_data = 12'hf00;
			{5'd23, 5'd27}: color_data = 12'he00;
			{5'd23, 5'd28}: color_data = 12'ha22;
			{5'd23, 5'd29}: color_data = 12'ha22;
			{5'd23, 5'd30}: color_data = 12'ha22;
			{5'd23, 5'd31}: color_data = 12'ha22;
			{5'd24, 5'd0}: color_data = 12'h3b9;
			{5'd24, 5'd1}: color_data = 12'hf00;
			{5'd24, 5'd2}: color_data = 12'hf00;
			{5'd24, 5'd3}: color_data = 12'hf00;
			{5'd24, 5'd4}: color_data = 12'h3b9;
			{5'd24, 5'd5}: color_data = 12'hfa0;
			{5'd24, 5'd6}: color_data = 12'hfa0;
			{5'd24, 5'd7}: color_data = 12'hfa1;
			{5'd24, 5'd8}: color_data = 12'hfa1;
			{5'd24, 5'd9}: color_data = 12'he91;
			{5'd24, 5'd10}: color_data = 12'ha22;
			{5'd24, 5'd11}: color_data = 12'ha22;
			{5'd24, 5'd12}: color_data = 12'h3b9;
			{5'd24, 5'd13}: color_data = 12'h3b9;
			{5'd24, 5'd14}: color_data = 12'h3b9;
			{5'd24, 5'd15}: color_data = 12'h922;
			{5'd24, 5'd16}: color_data = 12'ha22;
			{5'd24, 5'd17}: color_data = 12'ha22;
			{5'd24, 5'd18}: color_data = 12'ha22;
			{5'd24, 5'd19}: color_data = 12'ha32;
			{5'd24, 5'd20}: color_data = 12'hfa1;
			{5'd24, 5'd21}: color_data = 12'hfa1;
			{5'd24, 5'd22}: color_data = 12'hfa1;
			{5'd24, 5'd23}: color_data = 12'hfa1;
			{5'd24, 5'd24}: color_data = 12'hfa1;
			{5'd24, 5'd25}: color_data = 12'hfa0;
			{5'd24, 5'd26}: color_data = 12'hff0;
			{5'd24, 5'd27}: color_data = 12'h812;
			{5'd24, 5'd28}: color_data = 12'ha22;
			{5'd24, 5'd29}: color_data = 12'ha22;
			{5'd24, 5'd30}: color_data = 12'ha22;
			{5'd24, 5'd31}: color_data = 12'ha22;
			{5'd25, 5'd0}: color_data = 12'h3b9;
			{5'd25, 5'd1}: color_data = 12'hf00;
			{5'd25, 5'd2}: color_data = 12'hf00;
			{5'd25, 5'd3}: color_data = 12'hf00;
			{5'd25, 5'd4}: color_data = 12'h3b9;
			{5'd25, 5'd5}: color_data = 12'hfa0;
			{5'd25, 5'd6}: color_data = 12'hfa0;
			{5'd25, 5'd7}: color_data = 12'hfa0;
			{5'd25, 5'd8}: color_data = 12'hfa1;
			{5'd25, 5'd9}: color_data = 12'hf91;
			{5'd25, 5'd10}: color_data = 12'ha22;
			{5'd25, 5'd11}: color_data = 12'h912;
			{5'd25, 5'd12}: color_data = 12'h3b9;
			{5'd25, 5'd13}: color_data = 12'h3b9;
			{5'd25, 5'd14}: color_data = 12'h3b9;
			{5'd25, 5'd15}: color_data = 12'h933;
			{5'd25, 5'd16}: color_data = 12'h922;
			{5'd25, 5'd17}: color_data = 12'ha22;
			{5'd25, 5'd18}: color_data = 12'ha22;
			{5'd25, 5'd19}: color_data = 12'ha32;
			{5'd25, 5'd20}: color_data = 12'hf91;
			{5'd25, 5'd21}: color_data = 12'hfa1;
			{5'd25, 5'd22}: color_data = 12'hfa1;
			{5'd25, 5'd23}: color_data = 12'hfa1;
			{5'd25, 5'd24}: color_data = 12'hfa1;
			{5'd25, 5'd25}: color_data = 12'hfa0;
			{5'd25, 5'd26}: color_data = 12'hff0;
			{5'd25, 5'd27}: color_data = 12'h811;
			{5'd25, 5'd28}: color_data = 12'h911;
			{5'd25, 5'd29}: color_data = 12'ha22;
			{5'd25, 5'd30}: color_data = 12'ha22;
			{5'd25, 5'd31}: color_data = 12'ha22;
			{5'd26, 5'd0}: color_data = 12'h3b9;
			{5'd26, 5'd1}: color_data = 12'h3b9;
			{5'd26, 5'd2}: color_data = 12'hf00;
			{5'd26, 5'd3}: color_data = 12'hf00;
			{5'd26, 5'd4}: color_data = 12'h3b9;
			{5'd26, 5'd5}: color_data = 12'h3b9;
			{5'd26, 5'd6}: color_data = 12'hf00;
			{5'd26, 5'd7}: color_data = 12'hfa0;
			{5'd26, 5'd8}: color_data = 12'hfa0;
			{5'd26, 5'd9}: color_data = 12'hfa1;
			{5'd26, 5'd10}: color_data = 12'h703;
			{5'd26, 5'd11}: color_data = 12'h505;
			{5'd26, 5'd12}: color_data = 12'h3b9;
			{5'd26, 5'd13}: color_data = 12'h3b9;
			{5'd26, 5'd14}: color_data = 12'h3b9;
			{5'd26, 5'd15}: color_data = 12'h3b9;
			{5'd26, 5'd16}: color_data = 12'h700;
			{5'd26, 5'd17}: color_data = 12'ha12;
			{5'd26, 5'd18}: color_data = 12'ha22;
			{5'd26, 5'd19}: color_data = 12'hb32;
			{5'd26, 5'd20}: color_data = 12'hfa1;
			{5'd26, 5'd21}: color_data = 12'hfa1;
			{5'd26, 5'd22}: color_data = 12'hfa1;
			{5'd26, 5'd23}: color_data = 12'hfa1;
			{5'd26, 5'd24}: color_data = 12'hfa1;
			{5'd26, 5'd25}: color_data = 12'hfa0;
			{5'd26, 5'd26}: color_data = 12'hf90;
			{5'd26, 5'd27}: color_data = 12'h3b9;
			{5'd26, 5'd28}: color_data = 12'h700;
			{5'd26, 5'd29}: color_data = 12'h922;
			{5'd26, 5'd30}: color_data = 12'ha22;
			{5'd26, 5'd31}: color_data = 12'ha22;
			{5'd27, 5'd0}: color_data = 12'h3b9;
			{5'd27, 5'd1}: color_data = 12'h3b9;
			{5'd27, 5'd2}: color_data = 12'h3b9;
			{5'd27, 5'd3}: color_data = 12'h3b9;
			{5'd27, 5'd4}: color_data = 12'h3b9;
			{5'd27, 5'd5}: color_data = 12'h3b9;
			{5'd27, 5'd6}: color_data = 12'h3b9;
			{5'd27, 5'd7}: color_data = 12'hfa1;
			{5'd27, 5'd8}: color_data = 12'hfa0;
			{5'd27, 5'd9}: color_data = 12'hfa0;
			{5'd27, 5'd10}: color_data = 12'h3b9;
			{5'd27, 5'd11}: color_data = 12'h3b9;
			{5'd27, 5'd12}: color_data = 12'h3b9;
			{5'd27, 5'd13}: color_data = 12'h3b9;
			{5'd27, 5'd14}: color_data = 12'h3b9;
			{5'd27, 5'd15}: color_data = 12'h3b9;
			{5'd27, 5'd16}: color_data = 12'h3b9;
			{5'd27, 5'd17}: color_data = 12'ha22;
			{5'd27, 5'd18}: color_data = 12'h912;
			{5'd27, 5'd19}: color_data = 12'ha32;
			{5'd27, 5'd20}: color_data = 12'hf91;
			{5'd27, 5'd21}: color_data = 12'hfa0;
			{5'd27, 5'd22}: color_data = 12'hfa0;
			{5'd27, 5'd23}: color_data = 12'hfa0;
			{5'd27, 5'd24}: color_data = 12'hfa0;
			{5'd27, 5'd25}: color_data = 12'hfa0;
			{5'd27, 5'd26}: color_data = 12'hf90;
			{5'd27, 5'd27}: color_data = 12'h3b9;
			{5'd27, 5'd28}: color_data = 12'h3b9;
			{5'd27, 5'd29}: color_data = 12'ha33;
			{5'd27, 5'd30}: color_data = 12'ha22;
			{5'd27, 5'd31}: color_data = 12'ha22;
            default: color_data = 12'h3b9;
        endcase
endmodule